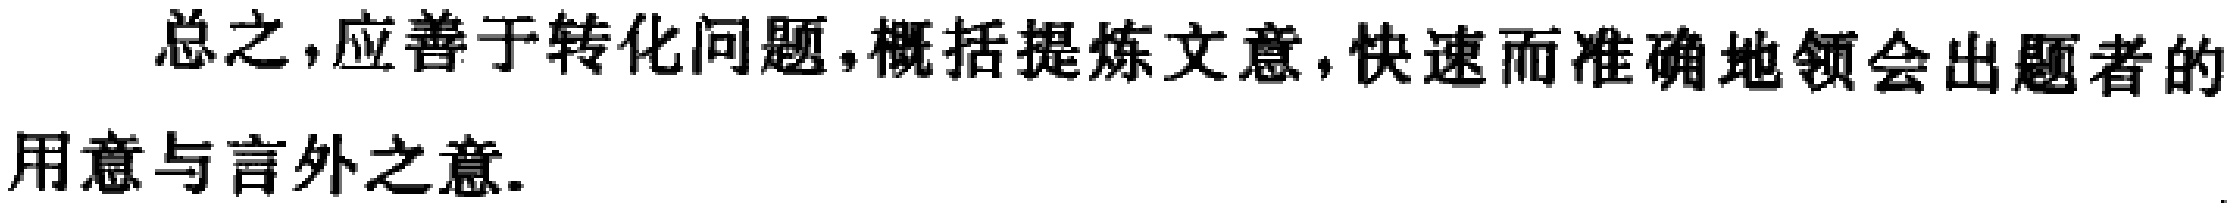
总之,应善于转化问题,概括提炼文意,快速而准确地领会出题者的用意与言外之意.